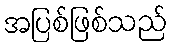
အပြစ်ဖြစ်သည်